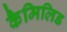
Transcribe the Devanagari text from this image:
कैमिलिड